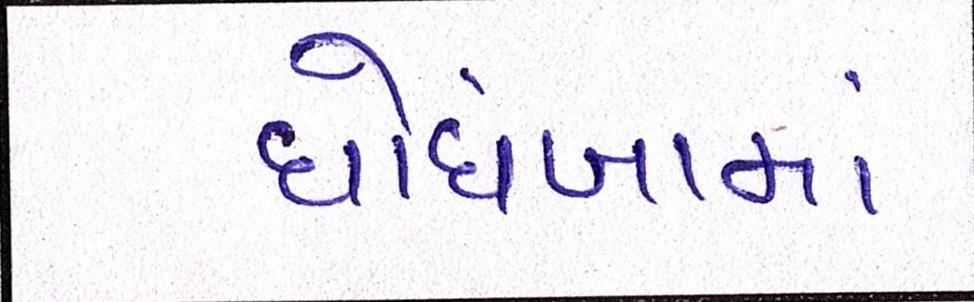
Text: ઘોઘંબામાં